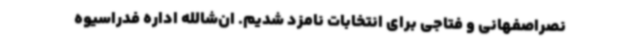
نصراصفهانی و فتاجی برای انتخابات نامزد شدیم. ان‌شا‌لله اداره فدراسیوه